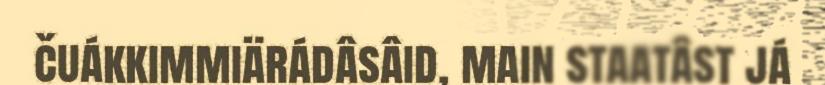
čuákkimmiärádâsâid, main staatâst já